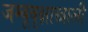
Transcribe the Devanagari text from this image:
जम्बूवृक्षाखाली